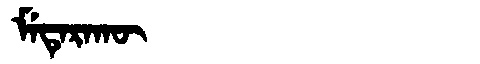
Manchu: ᠮᡝᡨᡝᡵᠠᡴᡡ
Romanization: METERAKŪ